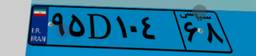
۳۴D۱۳۷۵۷